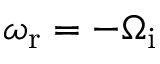
\omega _ { \mathrm { r } } = - \Omega _ { \mathrm { i } }